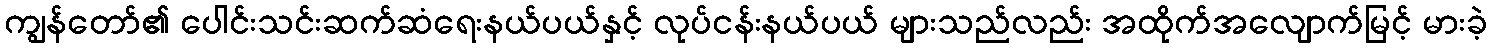
ကျွန်တော်၏ ပေါင်းသင်းဆက်ဆံရေးနယ်ပယ်နှင့် လုပ်ငန်းနယ်ပယ် များသည်လည်း အထိုက်အလျောက်မြင့် မားခဲ့